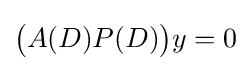
{\big (}A(D)P(D){\big )}y=0